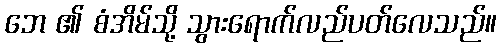
ဘေ ၏ စံအိမ်သို့ သွားရောက်လည်ပတ်လေသည်။